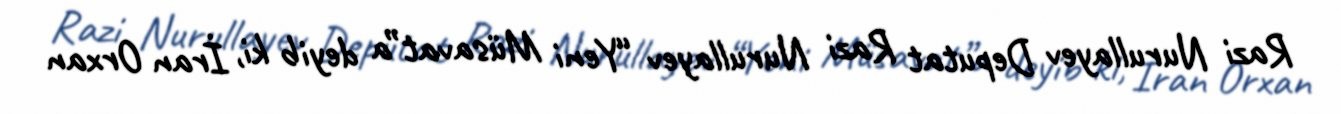
Razi Nurullayev Deputat Razi Nurullayev “Yeni Müsavat”a deyib ki, İran Orxan